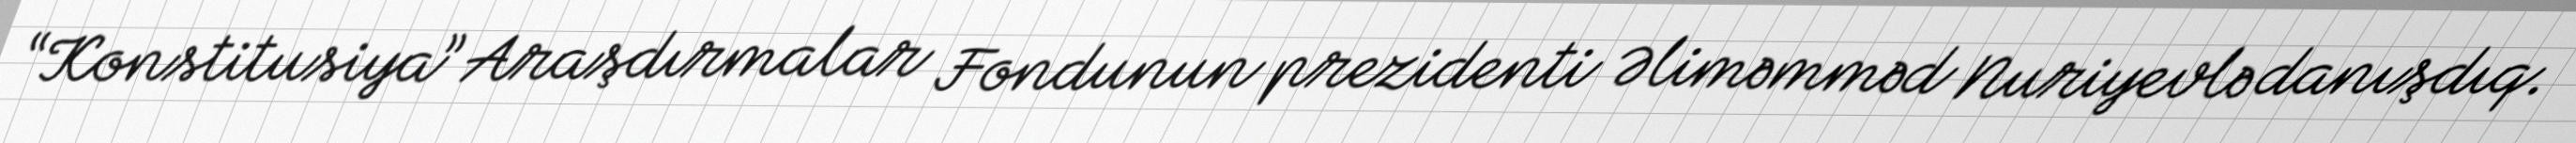
“Konstitusiya” Araşdırmalar Fondunun prezidenti Əliməmməd Nuriyevlə danışdıq.